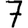
Digit: 7